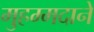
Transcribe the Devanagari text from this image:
मुहम्मदाने